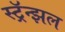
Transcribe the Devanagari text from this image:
स्ट्रॅन्झल